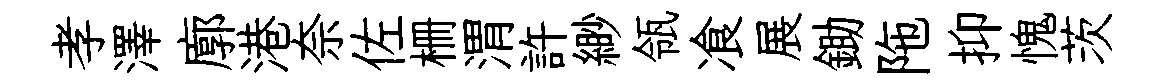
孝澤廓港奈佐栅渭許緲瓴飡展鋤陁抑愧茨